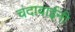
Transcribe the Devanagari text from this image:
चंदाबाईंनी